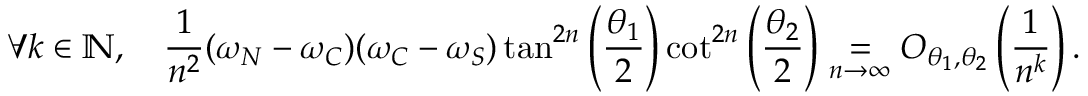
\forall k \in \mathbb { N } , \quad \frac { 1 } { n ^ { 2 } } ( \omega _ { N } - \omega _ { C } ) ( \omega _ { C } - \omega _ { S } ) \tan ^ { 2 n } \left( \frac { \theta _ { 1 } } { 2 } \right) \cot ^ { 2 n } \left( \frac { \theta _ { 2 } } { 2 } \right) \underset { n \to \infty } { = } O _ { \theta _ { 1 } , \theta _ { 2 } } \left( \frac { 1 } { n ^ { k } } \right) .